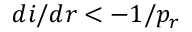
{ d i } / { d r } < - 1 / p _ { r }